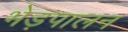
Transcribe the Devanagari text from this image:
भेड़पालन